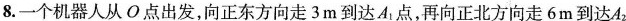
8. 一个机器人从O点出发，向正东方向走3m到达A_{1}点，再向正北方向走6m到达A_{2}